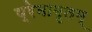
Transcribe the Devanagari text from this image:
प्रेमामृतम्